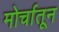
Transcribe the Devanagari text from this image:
मोर्चातून